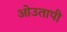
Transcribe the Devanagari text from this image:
ओउतापी